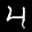
Label: 4